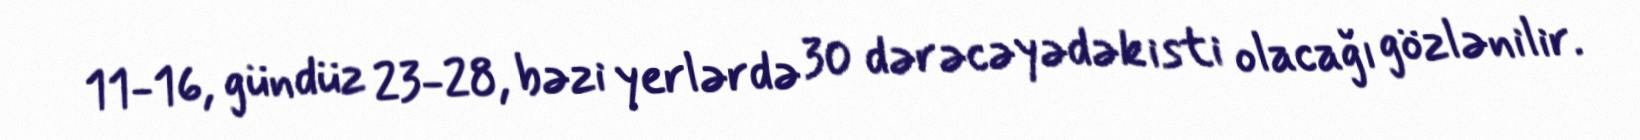
11-16, gündüz 23-28, bəzi yerlərdə 30 dərəcəyədək isti olacağı gözlənilir.